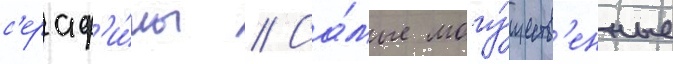
с'ераф'и́мы // Са́мые могу́ществ'енные